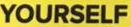
YOURSELF